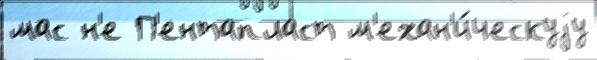
мас н'е П'ентапласт м'ехан'и́ческуjу